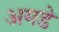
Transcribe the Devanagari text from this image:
अगडे